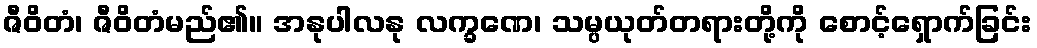
ဇီဝိတံ၊ ဇီဝိတံမည်၏။ အနုပါလနု လက္ခဏေ၊ သမ္ပယုတ်တရားတို့ကို စောင့်ရှောက်ခြင်း